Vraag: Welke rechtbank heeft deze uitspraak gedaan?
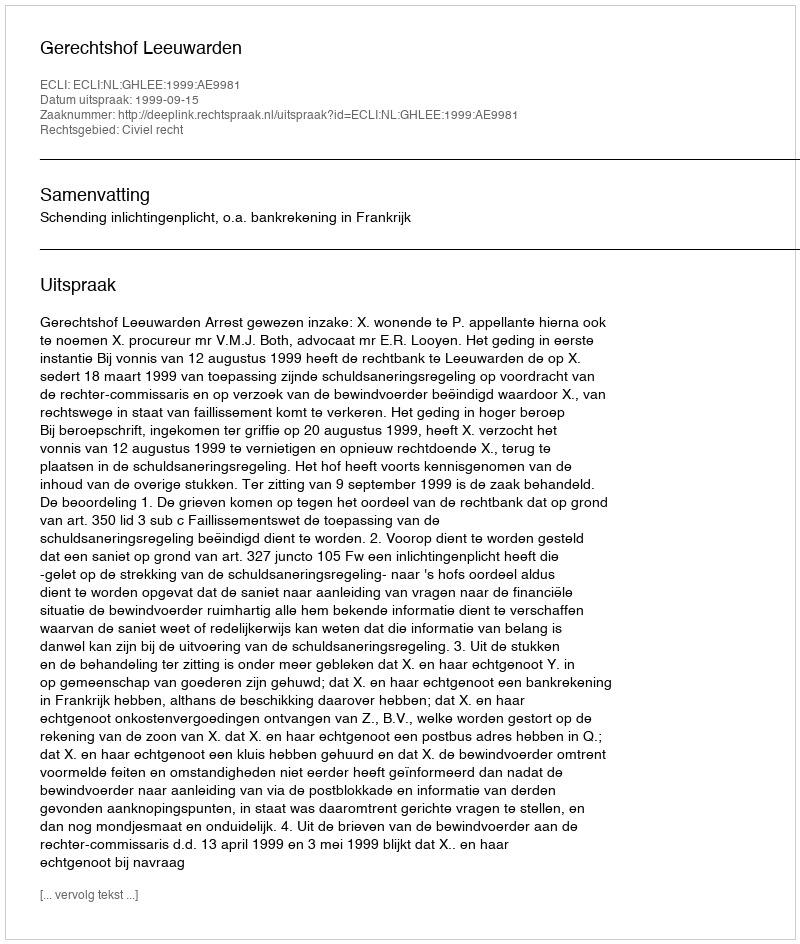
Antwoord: Gerechtshof Leeuwarden